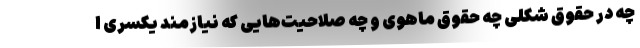
چه در حقوق شکلی چه حقوق ماهوی و چه صلاحیت‌هایی که نیازمند یکسری ا